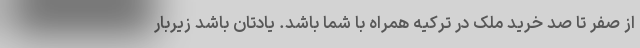
از صفر تا صد خرید ملک در ترکیه همراه با شما باشد. یادتان باشد زیربار